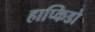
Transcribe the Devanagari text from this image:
हाप्किडो